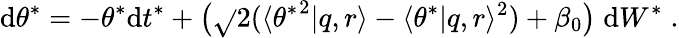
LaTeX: \mathrm{d}\theta^{*}=-\theta^{*}\mathrm{d}t^{*}+\big(\sqrt{}{{2(\langle{\theta^{*}}^{2}|q,r\rangle-\langle\theta^{*}|q,r\rangle^{2})}}+\beta_{0}\big)\; \mathrm{d}W^{*}\; .